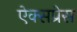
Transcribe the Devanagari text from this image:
ऐक्सप्रेस